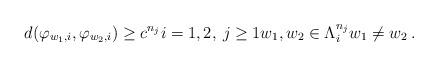
LaTeX: \begin{align*}d(\varphi_{w_{1},i},\varphi_{w_{2},i})\ge c^{n_{j}}i=1,2,\:j\ge1w_{1},w_{2}\in\Lambda_{i}^{n_{j}}w_{1}\ne w_{2}\:.\end{align*}